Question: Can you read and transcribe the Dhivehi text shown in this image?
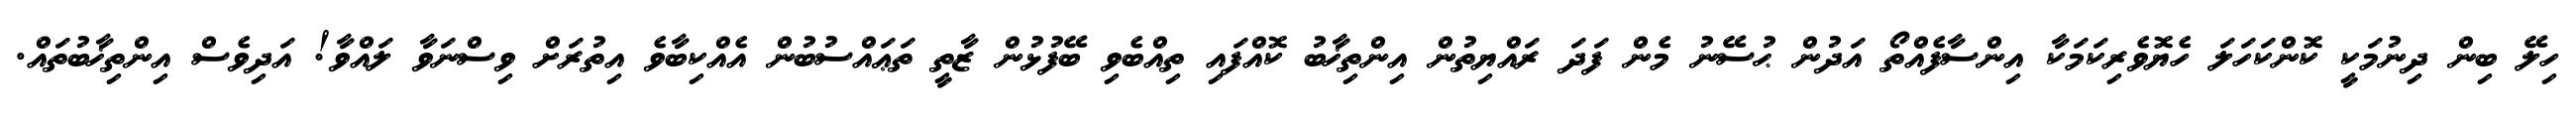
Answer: ހިލޭ ބިން ދިނުމަކީ ކޮންކަހަލަ ހެޔޮވެރިކަމަކާ އިންސާފެއްތޯ އަދުން ޙުސޭނު މެން ފަދަ ރައްޔިތުން އިންތިޚާބު ކޮއްފައި ތިއްބެވި ބޭފުޅުން ޒާތީ ތަޢައްސުބުން އެއްކިބާވެ އިތުރަށް ވިސްނަވާ ލައްވާ! އަދިވެސް އިންތިޚާބުތައް.